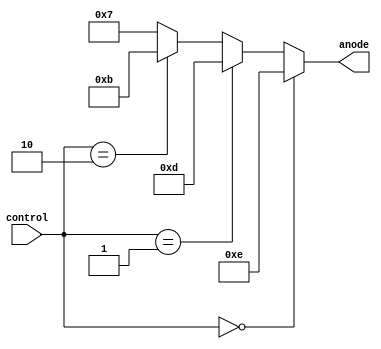
//////////////////////////////////////////////////////////////////////////////////////////
// Company: Digilent Inc.
// 
// Module Name:    anode_decoder
// Project Name: 	 PmodGYRO_Demo
// Target Devices: Nexys3
// Tool versions:  ISE 14.1
// Description: Produces anode patterns to illuminate one digit on the SSD at a time.
//
// Revision History: 
// 						Revision 0.01 - File Created (Andrew Skreen)
//							Revision 1.00 - Added Comments and Converted to Verilog (Josh Sackos)
//////////////////////////////////////////////////////////////////////////////////////////

// ==============================================================================
// 										  Define Module
// ==============================================================================
module anode_decoder(
		anode,
		control
);

// ==============================================================================
// 									   Port Declarations
// ==============================================================================

			output [3:0] anode;
			input [1:0]  control;
   
// ==============================================================================
// 										Implementation
// ==============================================================================

			// Anode Mux
			assign anode = (control == 2'b00) ? 4'b1110 : 
								(control == 2'b01) ? 4'b1101 : 
								(control == 2'b10) ? 4'b1011 : 
								4'b0111;
   
endmodule